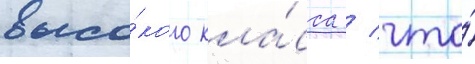
высо́кого кла́сса / что́